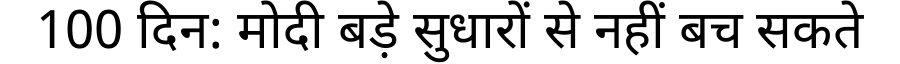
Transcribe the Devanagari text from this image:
100 दिन: मोदी बड़े सुधारों से नहीं बच सकते